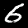
Label: 6